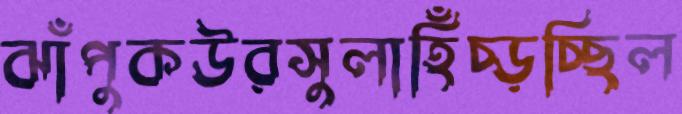
ঝাঁপুকউরসুলাহিঁচ্‌ড়চ্ছিল